Annual report of the Camel Specialist
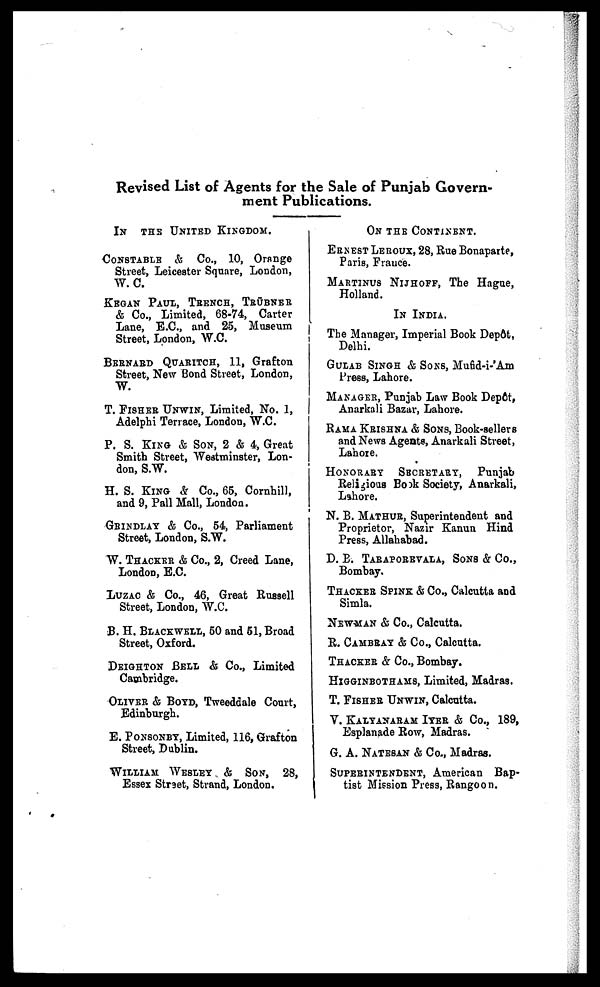
Revised List of Agents for the Sale of Punjab Govern-
ment Publications.
IN THE UNITED KINGDOM.
CONSTABLE & Co., 10, Orange
Street, Leicester Square, London,
W.C.
KEGAN PAUL, TRENCH, TRÜBNER
& Co., Limited, 68-74, Carter
Lane, E.C., and 25, Museum
Street, London, W.C.
BERNARD QUARITCH, 11, Grafton
Street, New Bond Street, London,
W.
T. FISHER UNWIN, Limited, No. 1,
Adelphi Terrace, London, W.C.
P. S. KING & SON, 2 & 4, Great
Smith Street, Westminster, Lon-
don, S.W.
H. S. KING & Co., 65, Cornhill,
and 9, Pall Mall, London.
GRINDLAY & Co., 54, Parliament
Street, London, S.W.
W. THACKER & Co., 2, Creed Lane,
London, E.C.
LUZAC & Co., 46, Great Russell
Street, London, W.C.
B. H. BLACKWELL, 50 and 51, Broad
Street, Oxford.
DEIGHTON BELL & Co., Limited
Cambridge.
OLIVER & BOYD, Tweeddale Court,
Edinburgh.
E. PONSONBY, Limited, 116, Grafton
Street, Dublin.
WILLIAM WESLEY & SON, 28,
Essex Street, Strand, London.
ON THE CONTINENT.
ERNEST LEROUX, 28, Rue Bonaparte,
Paris, France.
MARTINUS NIJHOFF, The Hague,
Holland.
IN INDIA.
The Manager, Imperial Book Depôt,
Delhi.
GULAB SINGH & SONS, Mufid-i-'Am
Press, Lahore.
MANAGER, Punjab Law Book Depôt,
Anarkali Bazar, Lahore.
RAMA KRISHNA & SONS, Book-sellers
and News Agents, Anarkali Street,
Lahore.
HONORARY SECRETARY, Punjab
Religious Book Society, Anarkali,
Lahore.
N. B. MATHUR, Superintendent and
Proprietor, Nazir Kanun Hind
Press, Allahabad.
D. B. TARAPOREVALA, SONS & Co.,
Bombay.
THACKER SPINK & Co., Calcutta and
Simla.
NEWMAN & Co., Calcutta.
R. CAMBRAY & Co., Calcutta.
THACKER & Co., Bombay.
HIGGINBOTHAMS, Limited, Madras.
T. FISHER UNWIN, Calcutta.
V. KALYANARAM IYER & Co., 189,
Esplanade Row, Madras.
G. A. NATESAN & Co., Madras.
SUPERINTENDENT, American Bap-
tist Mission Press, Rangoon.